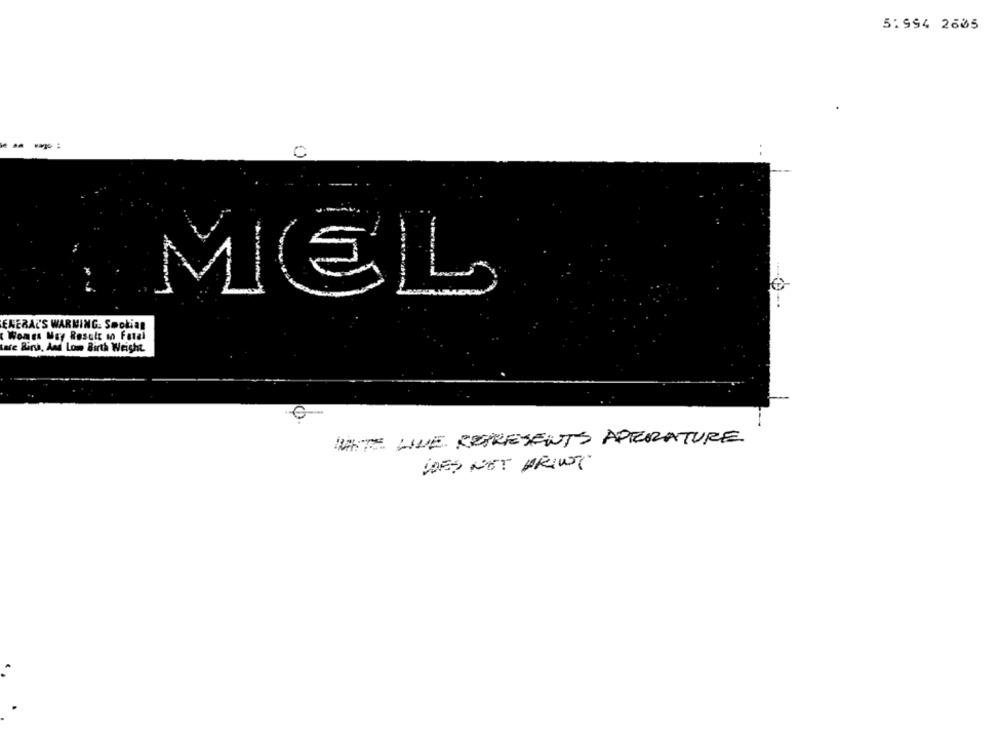
51994 2605
C
IEL
ENERAL'S WARMING. Smokian
Womes May Result on Fatal
tare Birsa, And Low Birth Weight
VINTE LIVE REPRESENTS APERATURE.
DOES NOT PRINT